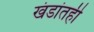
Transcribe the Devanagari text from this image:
खंडांतही